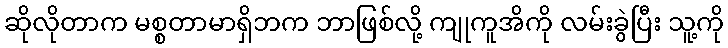
ဆိုလိုတာက မစ္စတာမာရှိဘက ဘာဖြစ်လို့ ကျုကူအိကို လမ်းခွဲပြီး သူ့ကို